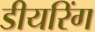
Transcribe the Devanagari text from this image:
डीयरिंग